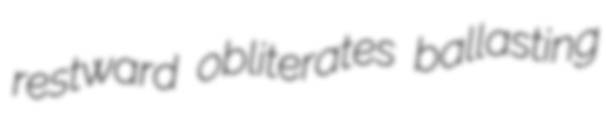
restward obliterates ballasting